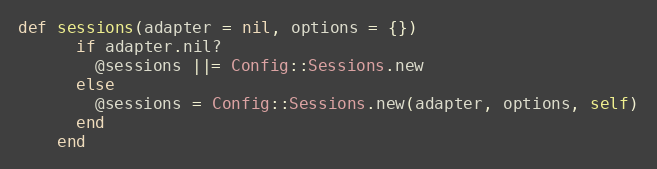
Language: Ruby
def sessions(adapter = nil, options = {})
      if adapter.nil?
        @sessions ||= Config::Sessions.new
      else
        @sessions = Config::Sessions.new(adapter, options, self)
      end
    end